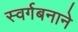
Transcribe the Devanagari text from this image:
स्वर्गबनाने